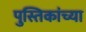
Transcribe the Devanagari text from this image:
पुस्तिकांच्‍या